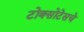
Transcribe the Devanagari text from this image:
टोक्सोटेसचे